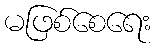
မဖြစ်စေရေး